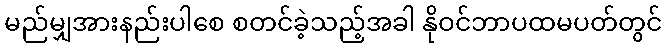
မည်မျှအားနည်းပါစေ စတင်ခဲ့သည့်အခါ နိုဝင်ဘာပထမပတ်တွင်